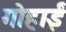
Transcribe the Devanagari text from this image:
गोहार्इं